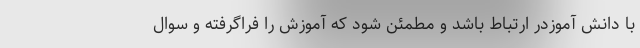
با دانش آموزدر ارتباط باشد و مطمئن شود که آموزش را فراگرفته و سوال